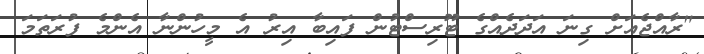
"ރާއްޖެއަށް ގިނަ އަދަދެއްގެ ޓޫރިސްޓުން ފައިބާ އިރު އެ މީހުންނާ އެންމެ ފުރަތަމަ